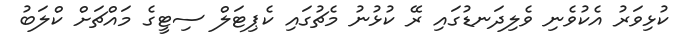
ކުޅިވަރު އެކުވެނި ވެލިދަނޑުގައި ރޭ ކުޅުނު މެޗުގައި ކެޕިޓަލް ސިޓީގެ މައްޗަށް ކްލަބު